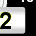
Digit: 2